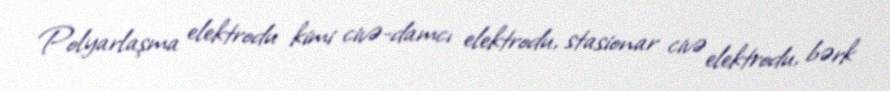
Polyarlaşma elektrodu kimi civə-damcı elektrodu, stasionar civə elektrodu, bərk